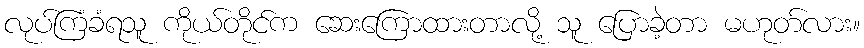
လုပ်ကြံခံရသူ ကိုယ်တိုင်က ဆေးကြောထားတာလို့ သူ ပြောခဲ့တာ မဟုတ်လား။